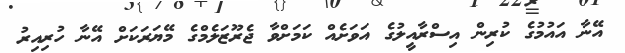
އޭނާ އައުމުގެ ކުރިން އިސްރާއީލުގެ އަވަށެއް ކަމަށްވާ ޖެރޫޒަލެމްގެ މޭޔަރަކަށް އޭނާ ހުރިއިރު